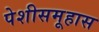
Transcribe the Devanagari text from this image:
पेशीसमूहास